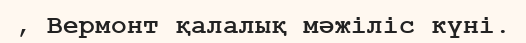
, Вермонт қалалық мәжіліс күні.